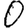
Digit: 0